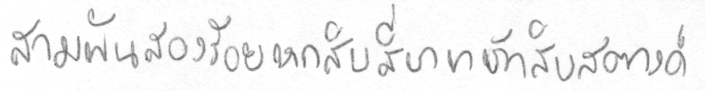
สามพันสองร้อยหกสิบสี่บาทห้าสิบสตางค์